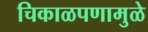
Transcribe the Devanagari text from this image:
चिकाळपणामुळे